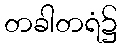
တခါတရံ၌